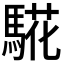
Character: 𩤉